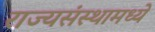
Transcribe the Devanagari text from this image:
राज्यसंस्थामध्ये